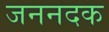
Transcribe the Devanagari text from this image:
जननदक